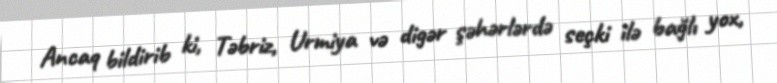
Ancaq bildirib ki, Təbriz, Urmiya və digər şəhərlərdə seçki ilə bağlı yox,